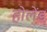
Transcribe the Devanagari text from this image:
होलेंड